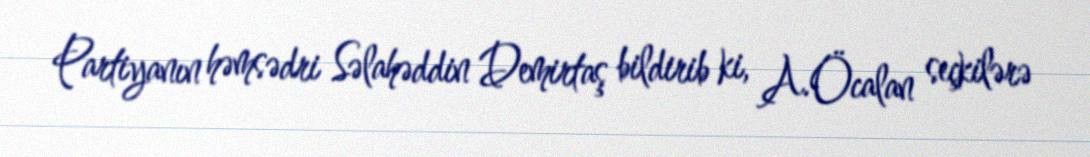
Partiyanın həmsədri Səlahəddin Demirtaş bildirib ki, A.Öcalan seçkilərə